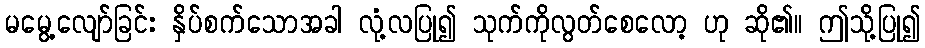
မမွေ့လျော်ခြင်း နှိပ်စက်သောအခါ လုံ့လပြု၍ သုက်ကိုလွတ်စေလော့ ဟု ဆို၏။ ဤသို့ပြု၍